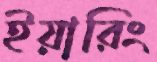
ইয়ারিং